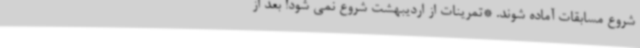
شروع مسابقات آماده شوند. *تمرینات از اردیبهشت شروع نمی شود! بعد از